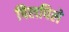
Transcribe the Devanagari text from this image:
पिलपिले